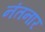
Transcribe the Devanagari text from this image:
नंतनार